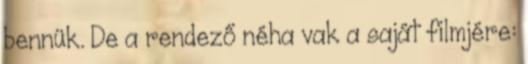
bennük. De a rendező néha vak a saját filmjére: